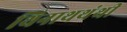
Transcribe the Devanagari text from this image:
थिनाथथंथी